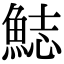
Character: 𩷓